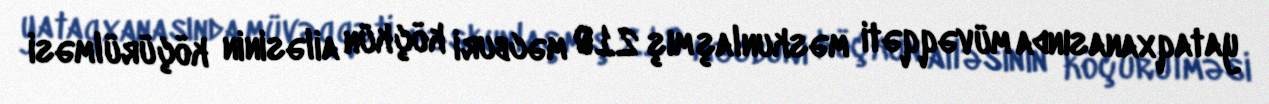
yataqxanasında müvəqqəti məskunlaşmış 210 məcburi köçkün ailəsinin köçürülməsi